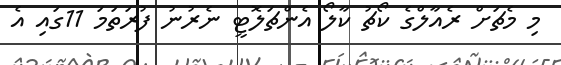
މި މެޗަށް ރެއާލްގެ ކޯޗު ކާލޯ އެންޗަލޮޓީ ނެރުނު ފުރަތަމަ 11ގައި އެ